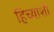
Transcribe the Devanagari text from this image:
हिच्‍याशी